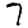
Digit: 7